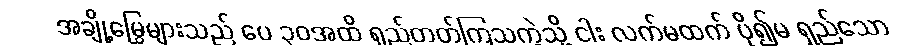
အချို့မြွေများသည် ပေ ၃၀အထိ ရှည်တတ်ကြသကဲ့သို့ ငါး လက်မထက် ပို၍မ ရှည်သော